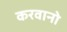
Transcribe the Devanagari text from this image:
करवानो